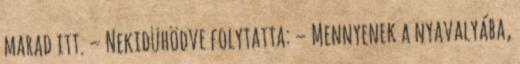
marad itt. – Nekidühödve folytatta: – Mennyenek a nyavalyába,